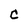
Character: C